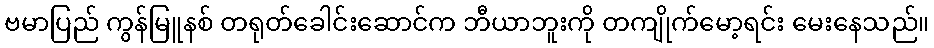
ဗမာပြည် ကွန်မြူနစ် တရုတ်ခေါင်းဆောင်က ဘီယာဘူးကို တကျိုက်မော့ရင်း မေးနေသည်။